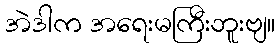
အဲဒါက အရေးမကြီးဘူးဗျ။